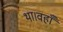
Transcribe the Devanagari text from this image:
था।वहाँ